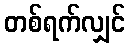
တစ်ရက်လျှင်